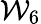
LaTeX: \mathcal{W}_{6}